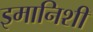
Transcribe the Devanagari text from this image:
इमानिशी